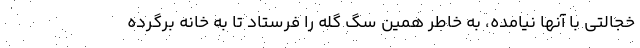
خجالتی با آنها نیامده، به خاطر همین سگ گله را فرستاد تا به خانه برگرده